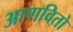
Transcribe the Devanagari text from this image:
आणवितो